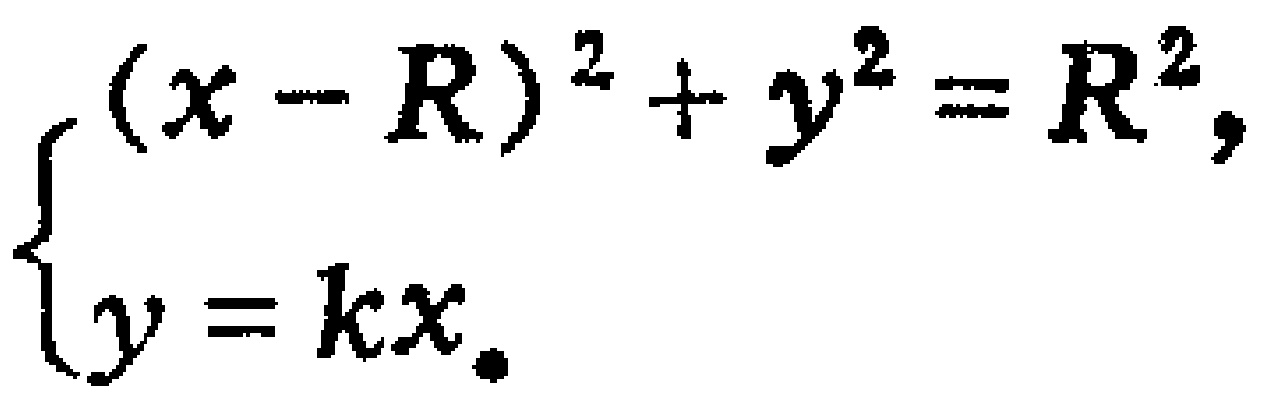
$\begin{cases}
(x - R)^2 + y^2 = R^2,\\
y = kx.
\end{cases}$